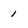
Character: i